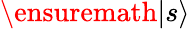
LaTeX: \ensuremath{\left\vert s\right\rangle}